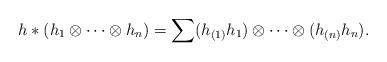
LaTeX: \begin{align*}h\ast(h_1\otimes\cdots\otimes h_n)=\sum(h_{(1)}h_1)\otimes\cdots\otimes(h_{(n)}h_n).\end{align*}